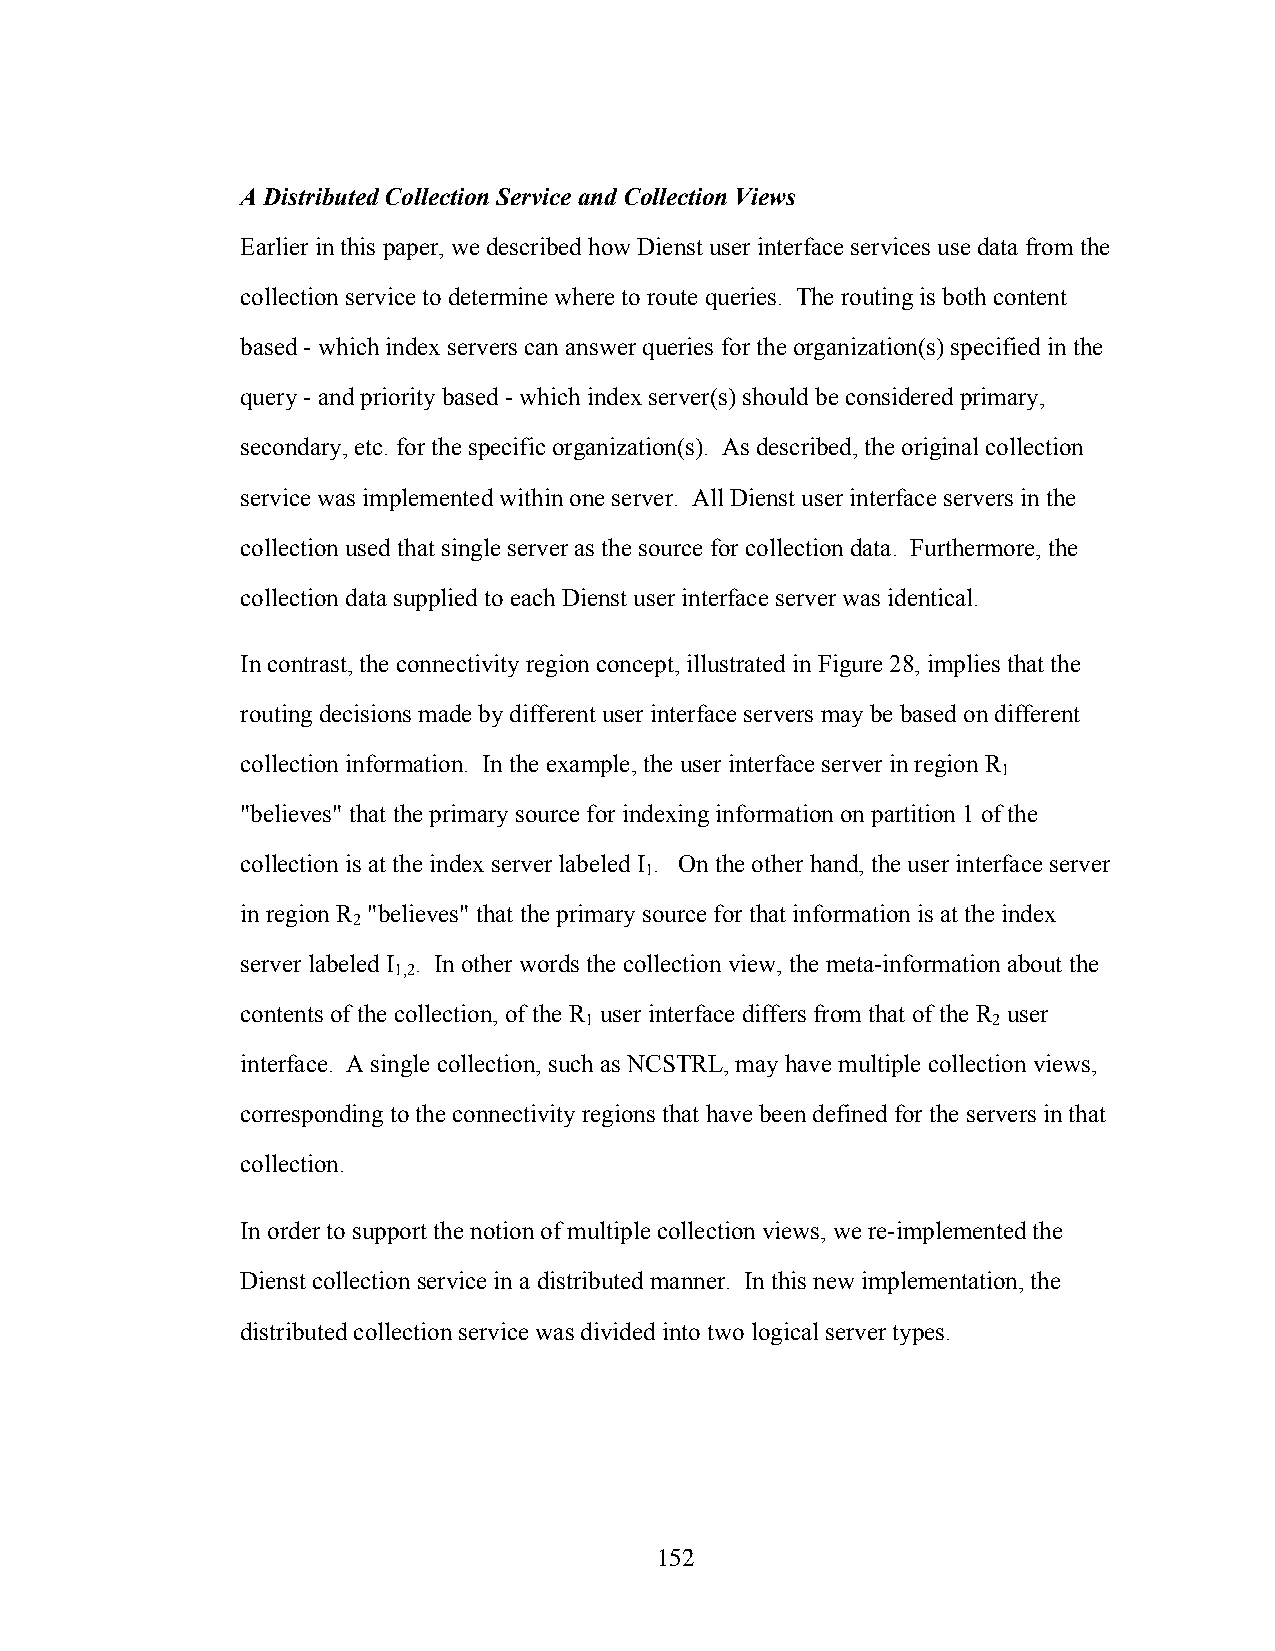
A Distributed Collection Service and Collection Views
 Earlier in this paper, we described how Dienst user interface services use data from the
 collection service to determine where to route queries. The routing is both content
 based - which index servers can answer queries for the organization(s) specified in the
 query - and priority based - which index server(s) should be considered primary,
 secondary, etc. for the specific organization(s). As described, the original collection
 service was implemented within one server. All Dienst user interface servers in the
 collection used that single server as the source for collection data. Furthermore, the
 collection data supplied to each Dienst user interface server was identical.
 In contrast, the connectivity region concept, illustrated in Figure 28, implies that the
 routing decisions made by different user interface servers may be based on different
 collection information. In the example, the user interface server in region R
 1
 "believes" that the primary source for indexing information on partition 1 of the
 collection is at the index server labeled I . On the other hand, the user interface server
 1
 in region R "believes" that the primary source for that information is at the index
 2
 server labeled I . In other words the collection view, the meta-information about the
 1,2
 contents of the collection, of the R user interface differs from that of the R user
 1                          2
 interface. A single collection, such as NCSTRL, may have multiple collection views,
 corresponding to the connectivity regions that have been defined for the servers in that
 collection.
 In order to support the notion of multiple collection views, we re-implemented the
 Dienst collection service in a distributed manner. In this new implementation, the
 distributed collection service was divided into two logical server types.
 152